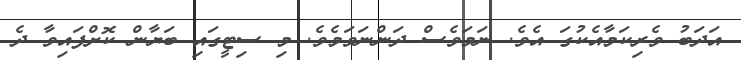
އަދަބު ވެރިކަމާއެކުގަ އެވެ. ނަމަވެސް ދަންނަވަމެވެ. މި ސިޓީގައި ބަޔާން ކޮށްފައިވާ ދެ